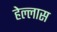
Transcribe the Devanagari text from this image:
हेल्लास